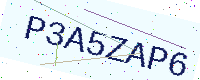
Text: P3A5ZAP6